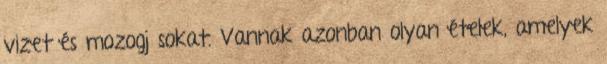
vizet és mozogj sokat. Vannak azonban olyan ételek, amelyek